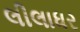
લીલાધર